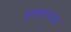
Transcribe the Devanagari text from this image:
हसणार्‍याक